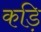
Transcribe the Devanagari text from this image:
कड़ि